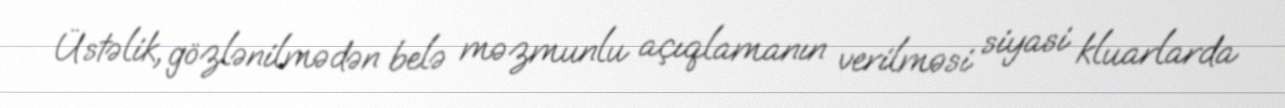
Üstəlik, gözlənilmədən belə məzmunlu açıqlamanın verilməsi siyasi kluarlarda